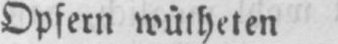
Opfern wütheten